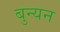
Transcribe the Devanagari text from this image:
बुन्यन